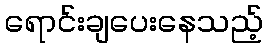
ရောင်းချပေးနေသည့်